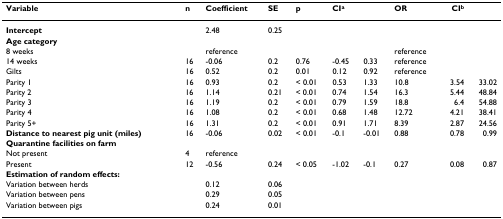
| Variable | n | Coefficient | SE | p | CIa |  | OR | CIb |  |
 | --- | --- | --- | --- | --- | --- | --- | --- | --- | --- |
 | Intercept |  | 2.48 | 0.25 |  |  |  |  |  |  |
 | <COLSPAN=10> Age category |
 | 8 weeks |  | reference |  |  |  |  | reference |  |  |
 | 14 weeks | 16 | -0.06 | 0.2 | 0.76 | -0.45 | 0.33 | reference |  |  |
 | Gilts | 16 | 0.52 | 0.2 | 0.01 | 0.12 | 0.92 | reference |  |  |
 | Parity 1 | 16 | 0.93 | 0.2 | < 0.01 | 0.53 | 1.33 | 10.8 | 3.54 | 33.02 |
 | Parity 2 | 16 | 1.14 | 0.21 | < 0.01 | 0.74 | 1.54 | 16.3 | 5.44 | 48.84 |
 | Parity 3 | 16 | 1.19 | 0.2 | < 0.01 | 0.79 | 1.59 | 18.8 | 6.4 | 54.88 |
 | Parity 4 | 16 | 1.08 | 0.2 | < 0.01 | 0.68 | 1.48 | 12.72 | 4.21 | 38.41 |
 | Parity 5+ | 16 | 1.31 | 0.2 | < 0.01 | 0.91 | 1.71 | 8.39 | 2.87 | 24.56 |
 | Distance to nearest pig unit (miles) | 16 | -0.06 | 0.02 | < 0.01 | -0.1 | -0.01 | 0.88 | 0.78 | 0.99 |
 | <COLSPAN=10> Quarantine facilities on farm |
 | Not present | 4 | reference |  |  |  |  |  |  |  |
 | Present | 12 | -0.56 | 0.24 | < 0.05 | -1.02 | -0.1 | 0.27 | 0.08 | 0.87 |
 | <COLSPAN=10> Estimation of random effects: |
 | Variation between herds |  | 0.12 | 0.06 |  |  |  |  |  |  |
 | Variation between pens |  | 0.29 | 0.05 |  |  |  |  |  |  |
 | Variation between pigs |  | 0.24 | 0.01 |  |  |  |  |  |  |